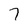
Character: 7